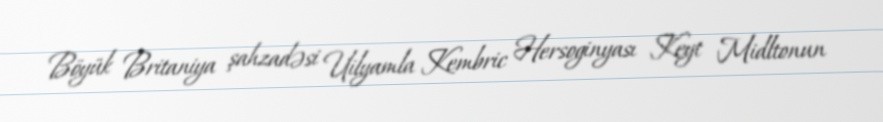
Böyük Britaniya şahzadəsi Uilyamla Kembric Hersoginyası Keyt Midltonun